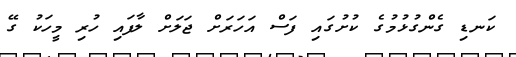
ކަނޑި ގެންގުޅުމުގެ ކުށުގައި ފަސް އަހަރަށް ޖަލަށް ލާފައި ހުރި މީހަކު ގޭ